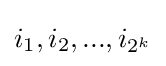
i_{1},i_{2},...,i_{2^{k}}